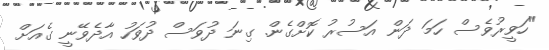
"ހަވީރުވެސް ހަމަ ދަން އަސުރު ކޮށްގެން. ގިނަ ދުވަސް ދުވަހު އާދެވޭނީ ގެއަށް